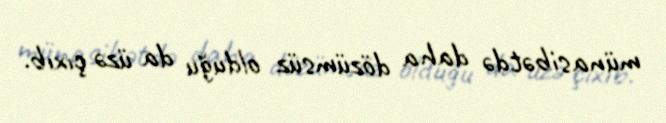
münasibətdə daha dözümsüz olduğu da üzə çıxıb.